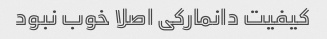
کیفیت دانمارکی اصلا خوب نبود